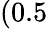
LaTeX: (0.5